Civil Veterinary Dept. Bombay admin report 1923-31 - 1923-1931
Year: 1923
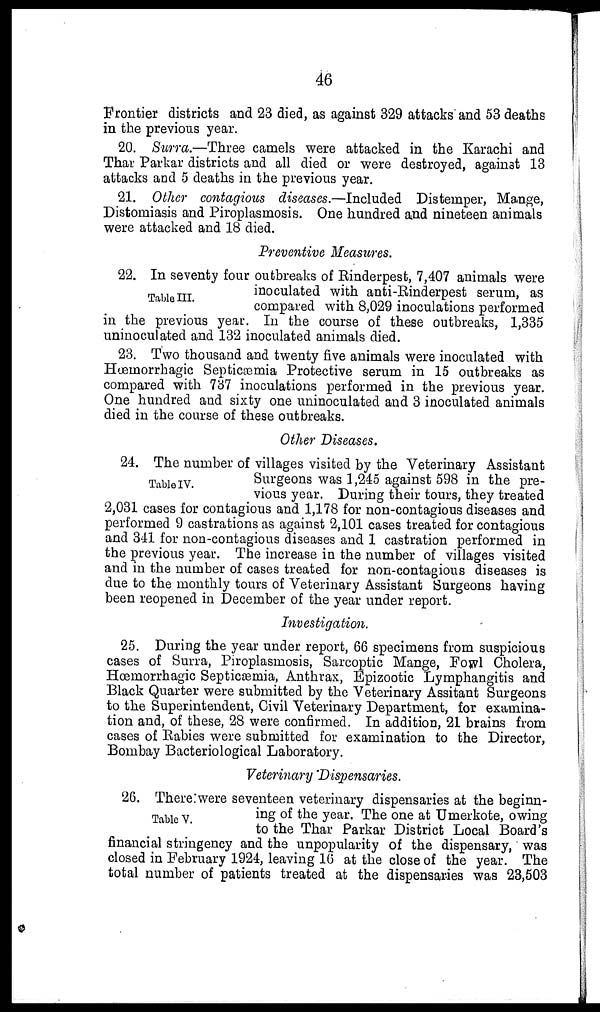
46
Frontier districts and 23 died, as against 329 attacks and 53 deaths
in the previous year.
20. Surra.—Three camels were attacked in the Karachi and
Thar Parkar districts and all died or were destroyed, against 13
attacks and 5 deaths in the previous year.
21. Other contagious diseases.—Included Distemper, Mange,
Distomiasis and Piroplasmosis. One hundred and nineteen animals
were attacked and 18 died.
Preventive Measures.
Table III.
22. In seventy four outbreaks of Rinderpest, 7,407 animals were
inoculated with anti-Rinderpest serum, as
compared with 8,029 inoculations performed
in the previous year. In the course of these outbreaks, 1,335
uninoculated and 132 inoculated animals died.
23. Two thousand and twenty five animals were inoculated with
Hœmorrhagic Septicæmia Protective serum in 15 outbreaks as
compared with 737 inoculations performed in the previous year.
One hundred and sixty one uninoculated and 3 inoculated animals
died in the course of these outbreaks.
Other Diseases.
Table IV.
24. The number of villages visited by the Veterinary Assistant
Surgeons was 1,245 against 598 in the pre-
vious year. During their tours, they treated
2,031 cases for contagious and 1,178 for non-contagious diseases and
performed 9 castrations as against 2,101 cases treated for contagious
and 341 for non-contagious diseases and 1 castration performed in
the previous year. The increase in the number of villages visited
and in the number of cases treated for non-contagious diseases is
due to the monthly tours of Veterinary Assistant Surgeons having
been reopened in December of the year under report.
Investigation.
25. During the year under report, 66 specimens from suspicious
cases of Surra, Piroplasmosis, Sarcoptic Mange, Fowl Cholera,
Hœmorrhagic Septicæmia, Anthrax, Epizootic Lymphangitis and
Black Quarter were submitted by the Veterinary Assitant Surgeons
to the Superintendent, Civil Veterinary Department, for examina-
tion and, of these, 28 were confirmed. In addition, 21 brains from
cases of Rabies were submitted for examination to the Director,
Bombay Bacteriological Laboratory.
Veterinary Dispensaries.
Table V.
26. There were seventeen veterinary dispensaries at the beginn-
ing of the year. The one at Umerkote, owing
to the Thar Parkar District Local Board's
financial stringency and the unpopularity of the dispensary, was
closed in February 1924, leaving 16 at the close of the year. The
total number of patients treated at the dispensaries was 23,503